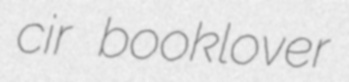
cir booklover